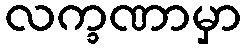
လက္ခဏာမှာ